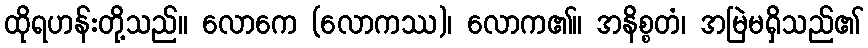
ထိုရဟန်းတို့သည်။ လောကေ (လောကဿ)၊ လောက၏။ အနိစ္စတံ၊ အမြဲမရှိသည်၏